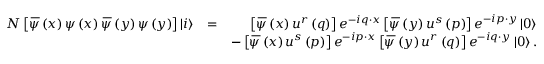
\begin{array} { r l r } { N \left[ \, \overline { { \! { \psi } } } \left( x \right) \psi \left( x \right) \, \overline { { \! { \psi } } } \left( y \right) \psi \left( y \right) \right] \left\vert i \right\rangle } & { = } & { \left[ \, \overline { { \! { \psi } } } \left( x \right) u ^ { r } \left( q \right) \right] e ^ { - i q \cdot x } \left[ \, \overline { { \! { \psi } } } \left( y \right) u ^ { s } \left( p \right) \right] e ^ { - i p \cdot y } \left\vert 0 \right\rangle } \\ & { } & { - \left[ \, \overline { { \! { \psi } } } \left( x \right) u ^ { s } \left( p \right) \right] e ^ { - i p \cdot x } \left[ \, \overline { { \! { \psi } } } \left( y \right) u ^ { r } \left( q \right) \right] e ^ { - i q \cdot y } \left\vert 0 \right\rangle . } \end{array}